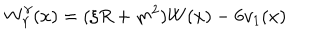
LaTeX: W _ { \gamma } ^ { \gamma } ( x ) = ( \xi R + m ^ { 2 } ) W ( x ) - 6 v _ { 1 } ( x )